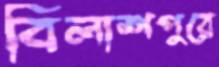
বিলাশপুরে